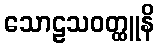
သောဠသဝတ္ထူနိ